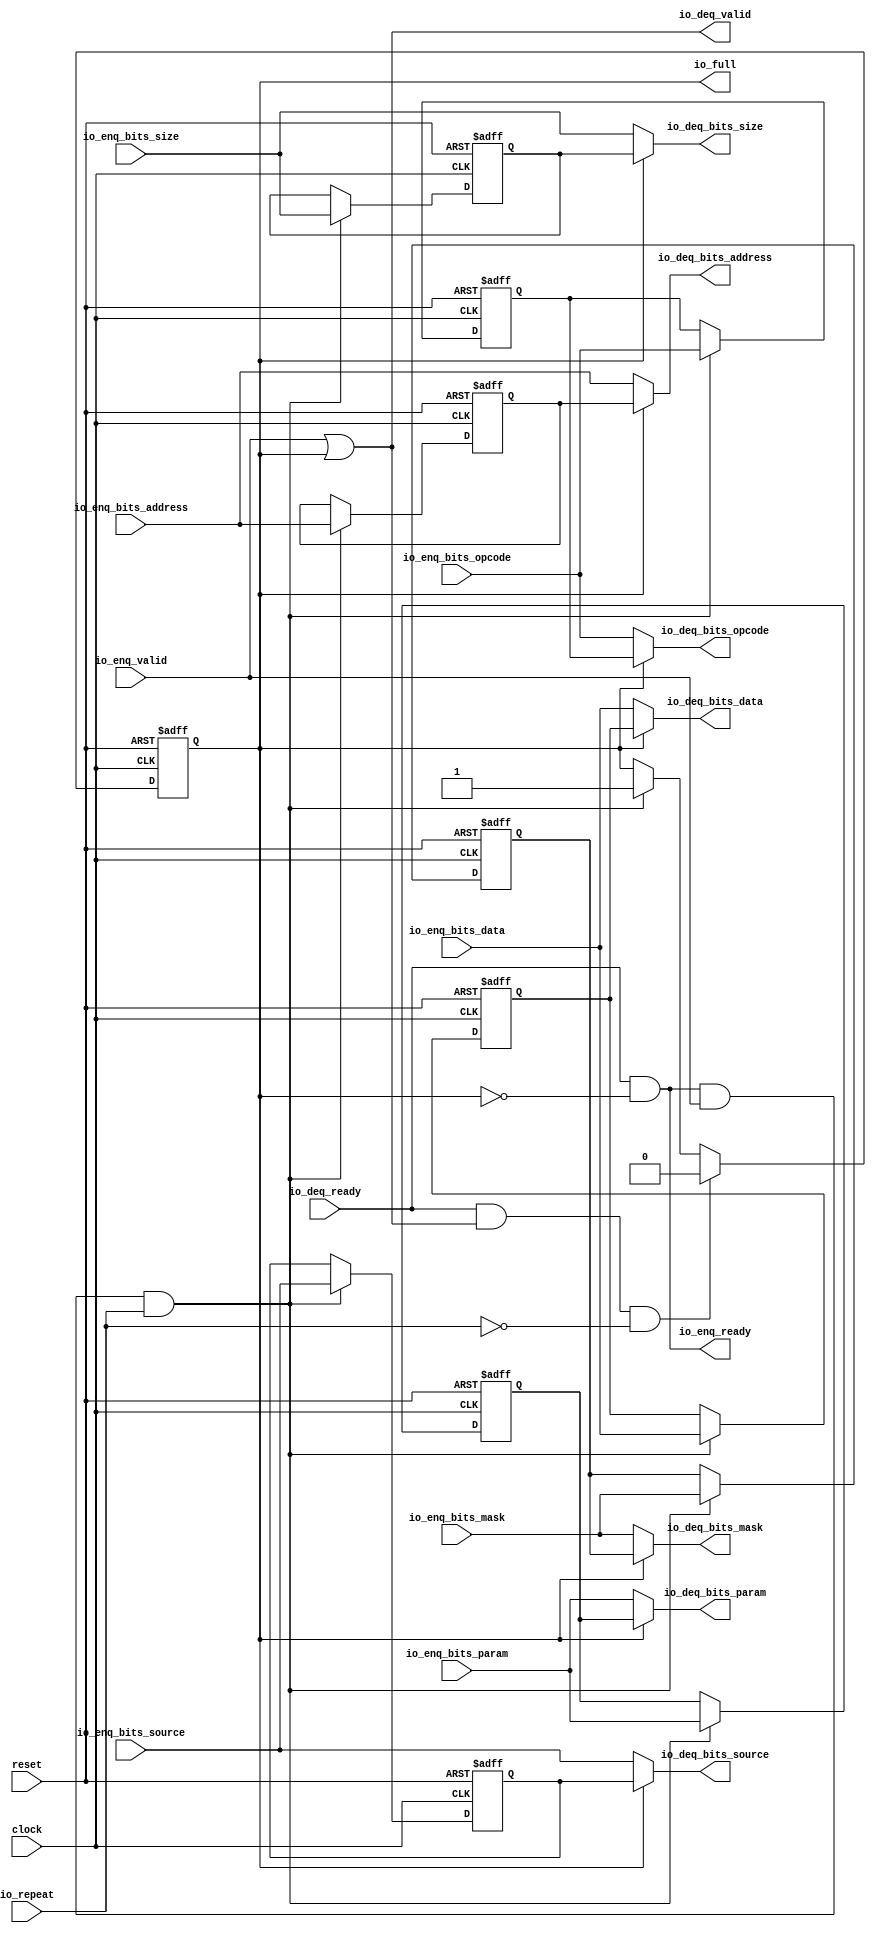
 /*                                                                      
 Copyright 2018 Nuclei System Technology, Inc.                
                                                                         
 Licensed under the Apache License, Version 2.0 (the "License");         
 you may not use this file except in compliance with the License.        
 You may obtain a copy of the License at                                 
                                                                         
     http://www.apache.org/licenses/LICENSE-2.0                          
                                                                         
  Unless required by applicable law or agreed to in writing, software    
 distributed under the License is distributed on an "AS IS" BASIS,       
 WITHOUT WARRANTIES OR CONDITIONS OF ANY KIND, either express or implied.
 See the License for the specific language governing permissions and     
 limitations under the License.                                          
 */                                                                      
                                                                         
                                                                         
                                                                         

module sirv_tl_repeater_5(
  input   clock,
  input   reset,
  input   io_repeat,
  output  io_full,
  output  io_enq_ready,
  input   io_enq_valid,
  input  [2:0] io_enq_bits_opcode,
  input  [2:0] io_enq_bits_param,
  input  [2:0] io_enq_bits_size,
  input  [1:0] io_enq_bits_source,
  input  [29:0] io_enq_bits_address,
  input  [3:0] io_enq_bits_mask,
  input  [31:0] io_enq_bits_data,
  input   io_deq_ready,
  output  io_deq_valid,
  output [2:0] io_deq_bits_opcode,
  output [2:0] io_deq_bits_param,
  output [2:0] io_deq_bits_size,
  output [1:0] io_deq_bits_source,
  output [29:0] io_deq_bits_address,
  output [3:0] io_deq_bits_mask,
  output [31:0] io_deq_bits_data
);
  reg  full;
  reg [31:0] GEN_9;
  reg [2:0] saved_opcode;
  reg [31:0] GEN_10;
  reg [2:0] saved_param;
  reg [31:0] GEN_11;
  reg [2:0] saved_size;
  reg [31:0] GEN_12;
  reg [1:0] saved_source;
  reg [31:0] GEN_13;
  reg [29:0] saved_address;
  reg [31:0] GEN_14;
  reg [3:0] saved_mask;
  reg [31:0] GEN_15;
  reg [31:0] saved_data;
  reg [31:0] GEN_16;
  wire  T_77;
  wire  T_79;
  wire  T_80;
  wire [2:0] T_81_opcode;
  wire [2:0] T_81_param;
  wire [2:0] T_81_size;
  wire [1:0] T_81_source;
  wire [29:0] T_81_address;
  wire [3:0] T_81_mask;
  wire [31:0] T_81_data;
  wire  T_89;
  wire  T_90;
  wire  GEN_0;
  wire [2:0] GEN_1;
  wire [2:0] GEN_2;
  wire [2:0] GEN_3;
  wire [1:0] GEN_4;
  wire [29:0] GEN_5;
  wire [3:0] GEN_6;
  wire [31:0] GEN_7;
  wire  T_92;
  wire  T_94;
  wire  T_95;
  wire  GEN_8;
  assign io_full = full;
  assign io_enq_ready = T_80;
  assign io_deq_valid = T_77;
  assign io_deq_bits_opcode = T_81_opcode;
  assign io_deq_bits_param = T_81_param;
  assign io_deq_bits_size = T_81_size;
  assign io_deq_bits_source = T_81_source;
  assign io_deq_bits_address = T_81_address;
  assign io_deq_bits_mask = T_81_mask;
  assign io_deq_bits_data = T_81_data;
  assign T_77 = io_enq_valid | full;
  assign T_79 = full == 1'h0;
  assign T_80 = io_deq_ready & T_79;
  assign T_81_opcode = full ? saved_opcode : io_enq_bits_opcode;
  assign T_81_param = full ? saved_param : io_enq_bits_param;
  assign T_81_size = full ? saved_size : io_enq_bits_size;
  assign T_81_source = full ? saved_source : io_enq_bits_source;
  assign T_81_address = full ? saved_address : io_enq_bits_address;
  assign T_81_mask = full ? saved_mask : io_enq_bits_mask;
  assign T_81_data = full ? saved_data : io_enq_bits_data;
  assign T_89 = io_enq_ready & io_enq_valid;
  assign T_90 = T_89 & io_repeat;
  assign GEN_0 = T_90 ? 1'h1 : full;
  assign GEN_1 = T_90 ? io_enq_bits_opcode : saved_opcode;
  assign GEN_2 = T_90 ? io_enq_bits_param : saved_param;
  assign GEN_3 = T_90 ? io_enq_bits_size : saved_size;
  assign GEN_4 = T_90 ? io_enq_bits_source : saved_source;
  assign GEN_5 = T_90 ? io_enq_bits_address : saved_address;
  assign GEN_6 = T_90 ? io_enq_bits_mask : saved_mask;
  assign GEN_7 = T_90 ? io_enq_bits_data : saved_data;
  assign T_92 = io_deq_ready & io_deq_valid;
  assign T_94 = io_repeat == 1'h0;
  assign T_95 = T_92 & T_94;
  assign GEN_8 = T_95 ? 1'h0 : GEN_0;

  always @(posedge clock or posedge reset)
    if (reset) begin
      full <= 1'h0;
    end else begin
      if (T_95) begin
        full <= 1'h0;
      end else begin
        if (T_90) begin
          full <= 1'h1;
        end
      end
    end


  always @(posedge clock or posedge reset)
  if (reset) begin
    saved_opcode  <= 3'b0;
    saved_param   <= 3'b0;
    saved_size    <= 3'b0;
    saved_source  <= 2'b0;
    saved_address <= 30'b0;
    saved_mask    <= 4'b0;
    saved_data    <= 32'b0;
  end
  else begin
    if (T_90) begin
      saved_opcode <= io_enq_bits_opcode;
    end
    if (T_90) begin
      saved_param <= io_enq_bits_param;
    end
    if (T_90) begin
      saved_size <= io_enq_bits_size;
    end
    if (T_90) begin
      saved_source <= io_enq_bits_source;
    end
    if (T_90) begin
      saved_address <= io_enq_bits_address;
    end
    if (T_90) begin
      saved_mask <= io_enq_bits_mask;
    end
    if (T_90) begin
      saved_data <= io_enq_bits_data;
    end
  end

endmodule